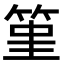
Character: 𥭤